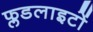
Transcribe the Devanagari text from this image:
फ्लडलाइटों